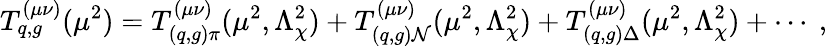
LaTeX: T_{q,g}^{\left(\mu\nu\right)}(\mu^{2})=T_{(q,g)\pi}^{\left(\mu\nu\right)}(\mu^{2},\Lambda_{\chi}^{2})+T_{(q,g)\mathcal{N}}^{\left(\mu\nu\right)}(\mu^{2},\Lambda_{\chi}^{2})+T_{(q,g)\Delta}^{\left(\mu\nu\right)}(\mu^{2},\Lambda_{\chi}^{2})+\cdots\ ,